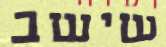
שישב